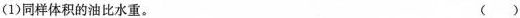
(1)同样体积的油比水重。 （）